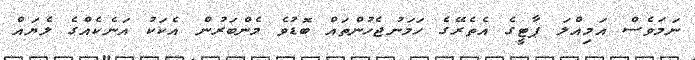
ނަމަވެސް އަމިއްލަ ޕާޓީގެ އެތެރޭގެ ހަމަނުޖެހުންތައް ބޮޑުވެ މެންބަރުން އެކަކު އަނެކެއްގެ ލެޔައް